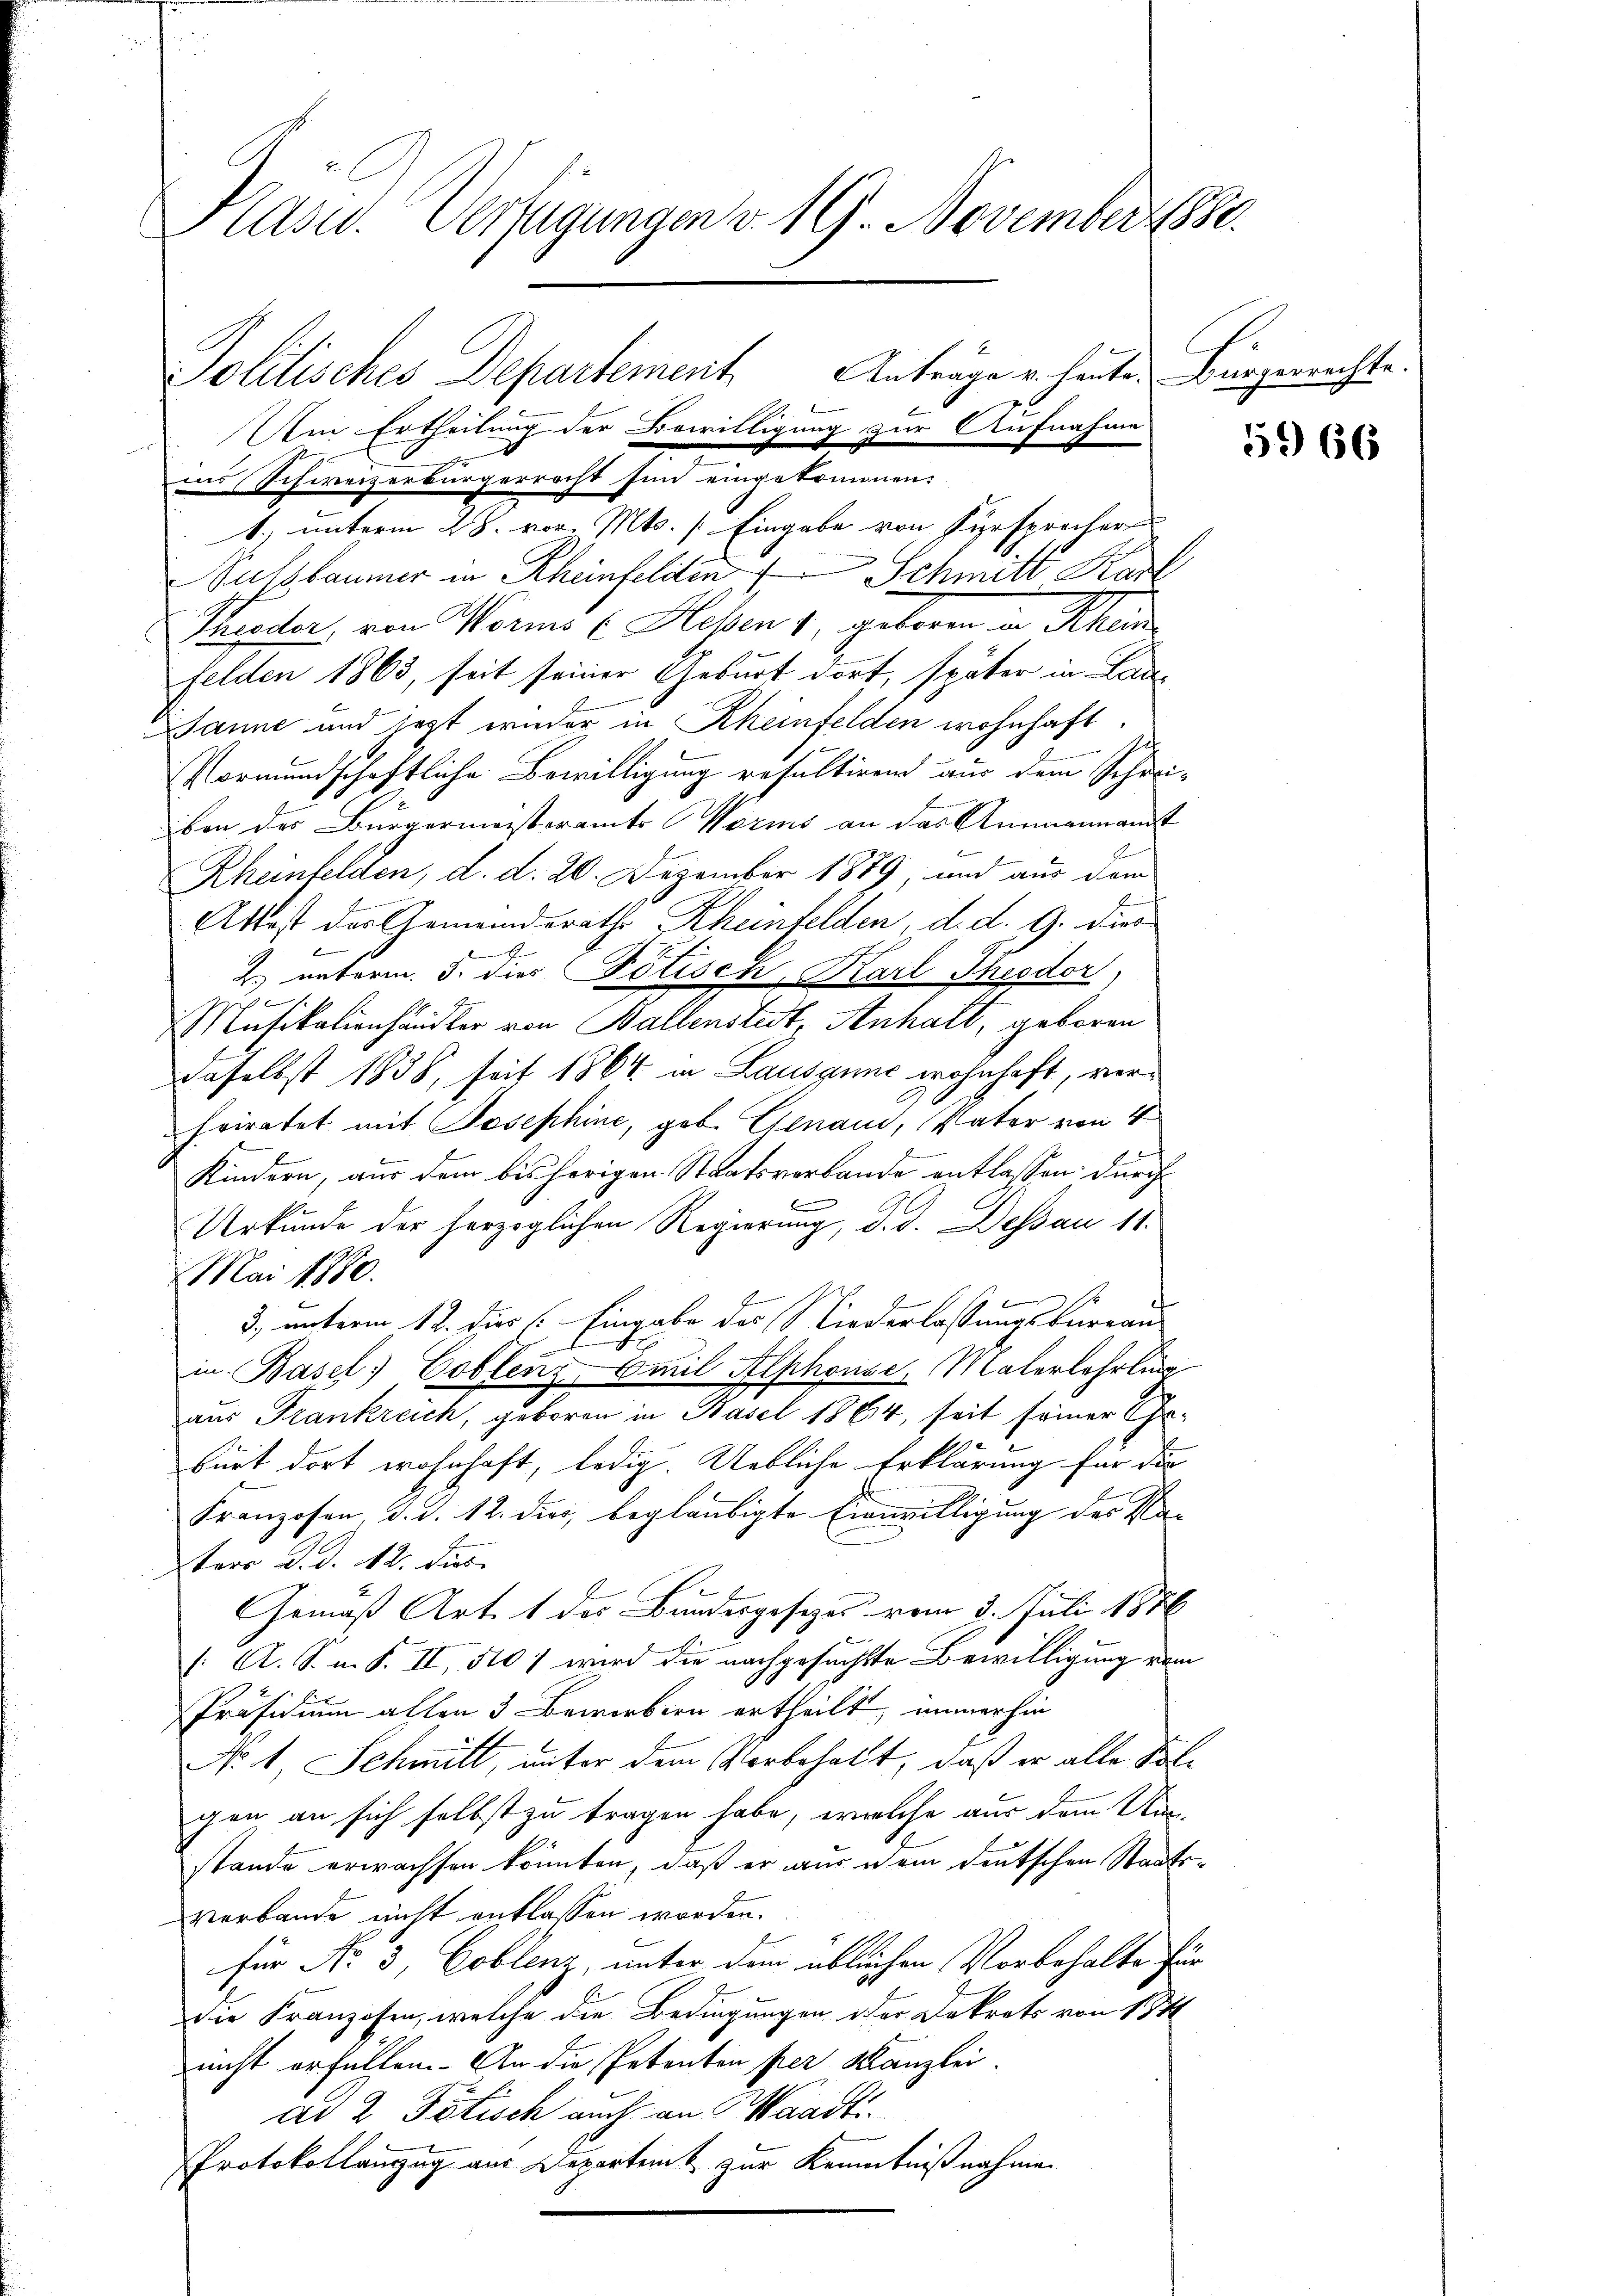
Präsid. Verfügungen v. 19. November 1880.

ins Schweizerbürgerrecht sind eingetrennen:
1., unterm 28. vor. Mts. Eingabe von Fürsprecher
Nussbaumer in Rheinfelden Schmitt Kar
Theater, von Worms (Heben 1, geboren in Rhein
felden 1863, seit seiner Geburt dort, später in Lau¬
Janne und jetzt wieder in Rheinfelden wohnhaft.
Vormundschaftliche Bewilligung resultirend aus dem Schreiben des Bürgermeisteramts Worms an das Ammannamt
Rheinfelden, d. d. 20. Dezember 1879, und aus dem
2
Attest der Gemeindsraths Rheinfelden, d. d. G. dies
h
2. unterm 5. dies Potisch, Karl Theodor,
f
Musikalienhändler von Ballenstest, Anhalt, geboren
daselbst 1838, seit 1864 in Lausanne wohnhaft, verheiratet mit Josephine, geb. Genau, Vater von 4
Kindern, aus dem bisherigen Staatsverbande entlassen durch
f
Urkunde der herzoglichen Regierung, d. d. Dessau 11.
Mai 1880.
3), unterm 12. dies: Eingabe des Niederlassungsbureaus
g
in Basel; Coblenz-Emil Alphouse, Malerlehrling
aus Frankreich, geboren in Basel 1864, seit seiner Geburt dort wohnhaft, ledig. Uebliche Erklärung für die
Franzosen d. d. 12. dies, beglaubigte Einwilligung der Na-
sters d. d. 12. dies
Gemäß Art. 1 der Bundesgesezes vom 3. Juli 1876
[: A. S. m. S. II, 510: wird die nachgesuchte Bewilligung vom
Präsidium allen 3 Bewerbern ertheilt, immerhin
No 1, Schmitt, unter dem Vorbehalt, daß er alle Solgen an sich selbst zu tragen habe, welche aus dem Unstände erwachsen könnten, daß er aus dem deutschen Staatsverbande nicht entlassen worden.
für No. 3, Coblenz, unter dem üblichen Vorbehalte für
Die Franzosen, welche die Bedingungen oder Dekrets von 184
nicht erfüllen. An die Petenten per Kanzlei.
ad 2 Potisch auch an Waadti¬
Protokollanzug aus Departemt zur Kenntnißnahmen

Politisches Departement. Anträge u. heute Bürgerrechte.
Am Ertheilung der Bewilligung zur Aufnahme

5966